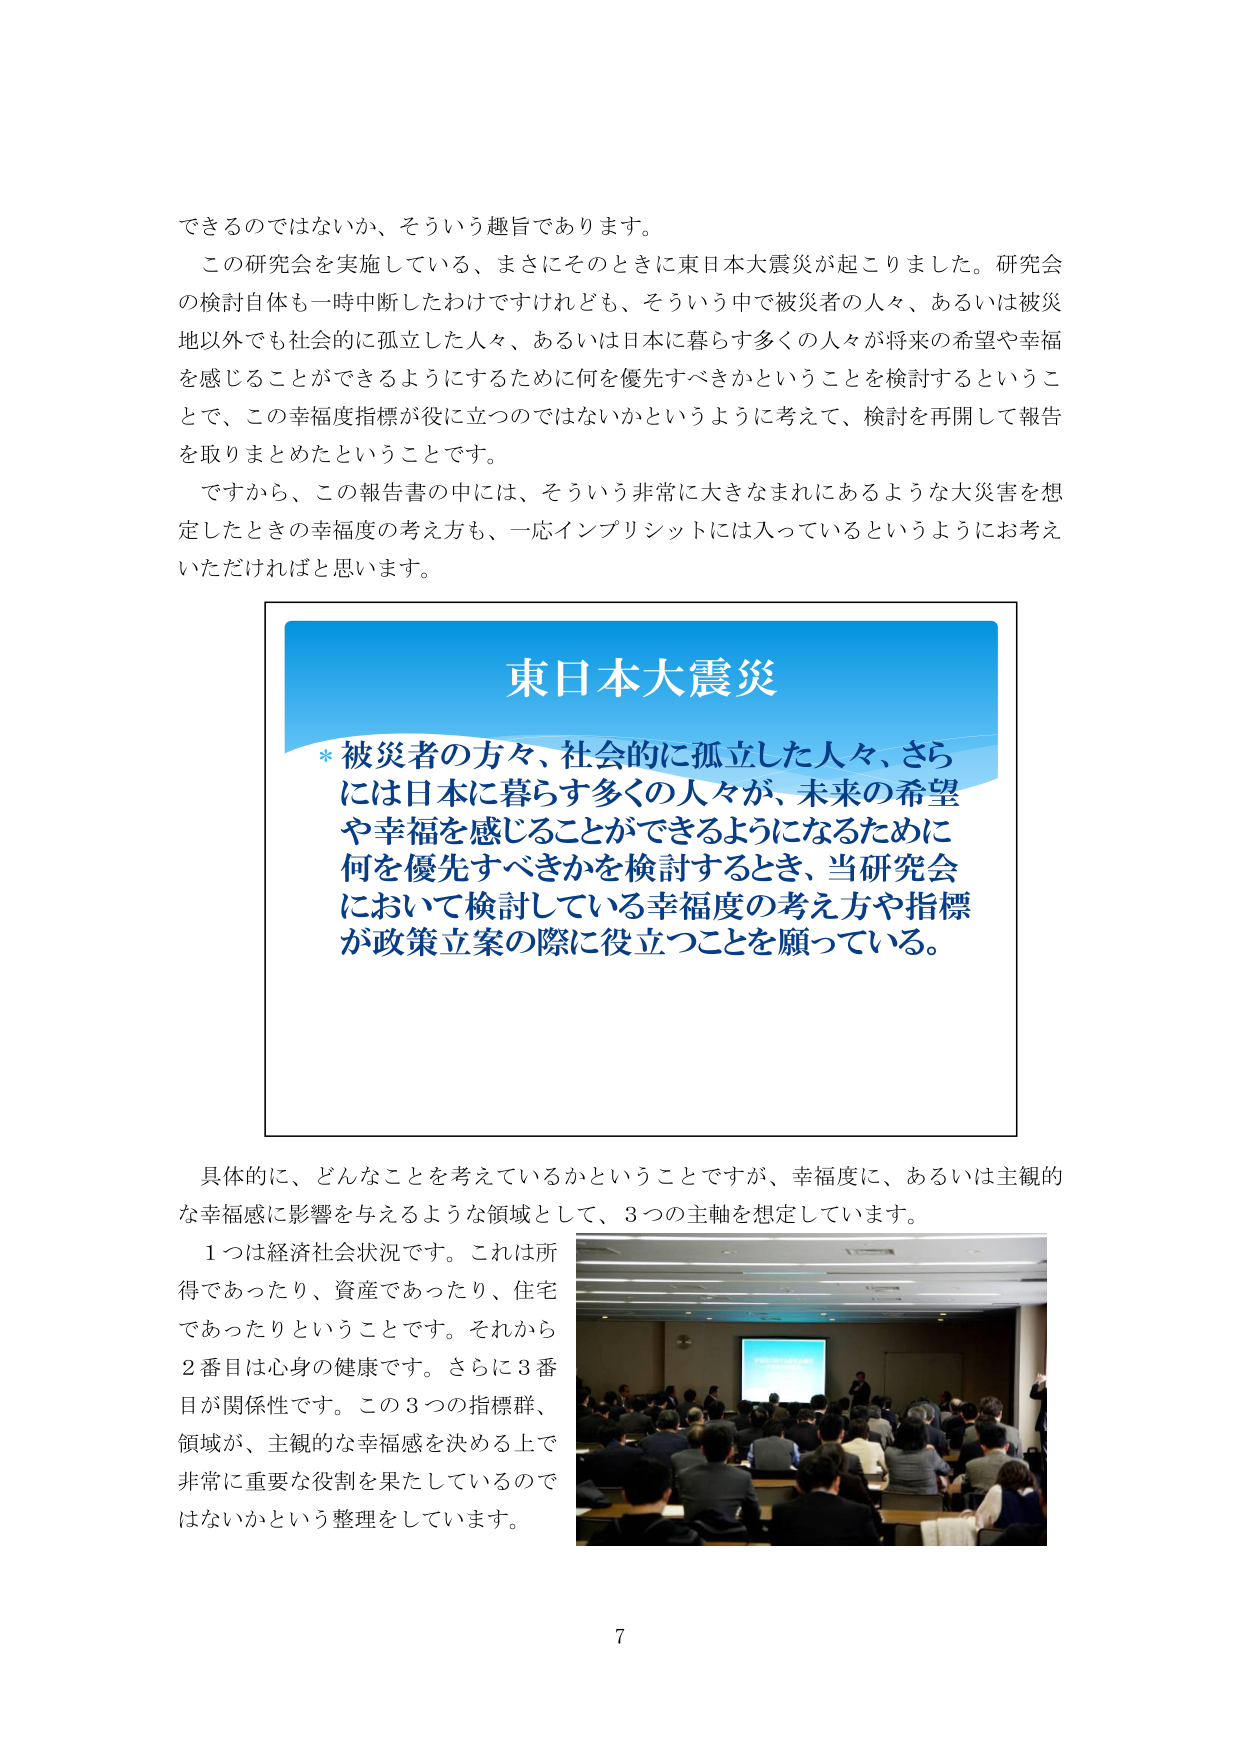
できるのではないか、そういう趣旨であります。
この研究会を実施している、まさにそのときに東日本大震災が起こりました。研究会の検討自体も一時中断したわけですけれども、そういう中で被災者の人々、あるいは被災地以外でも社会的に孤立した人々、あるいは日本に暮らす多くの人々が将来の希望や幸福を感じることができるようになるために何を優先すべきかということを検討するということで、この幸福度指標が役に立つのではないかというように考えて、検討を再開して報告を取りまとめたということです。
ですから、この報告書の中には、そういう非常に大きなまれにあるような大災害を想定したときの幸福度の考え方も、一応インプリシットには入っているというようにお考えいただければと思います。

東日本大震災
* 被災者の方々、社会的に孤立した人々、さらには日本に暮らす多くの人々が、未来の希望や幸福を感じることができるようになるために何を優先すべきかを検討するとき、当研究会において検討している幸福度の考え方や指標が政策立案の際に役立つことを願っている。

具体的に、どんなことを考えているかということですが、幸福度に、あるいは主観的な幸福感に影響を与えるような領域として、3つの主軸を想定しています。
1つは経済社会状況です。これは所得であったり、資産であったり、住宅であったりということです。それから2番目は心身の健康です。さらに3番目が関係性です。この3つの指標群、領域が、主観的な幸福感を決める上で非常に重要な役割を果たしているのではないかという整理をしています。

7